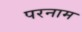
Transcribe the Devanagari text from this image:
परनाम